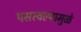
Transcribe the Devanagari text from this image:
पसरवल्यामुळे